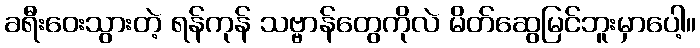
ခရီးဝေးသွားတဲ့ ရန်ကုန် သဗ္ဗာန်တွေကိုလဲ မိတ်ဆွေမြင်ဘူးမှာပေါ့။